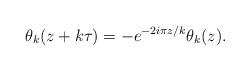
LaTeX: \begin{align*}\theta_{k}(z+k\tau)=- e^{-2i\pi z/k}\theta_{k}(z).\end{align*}